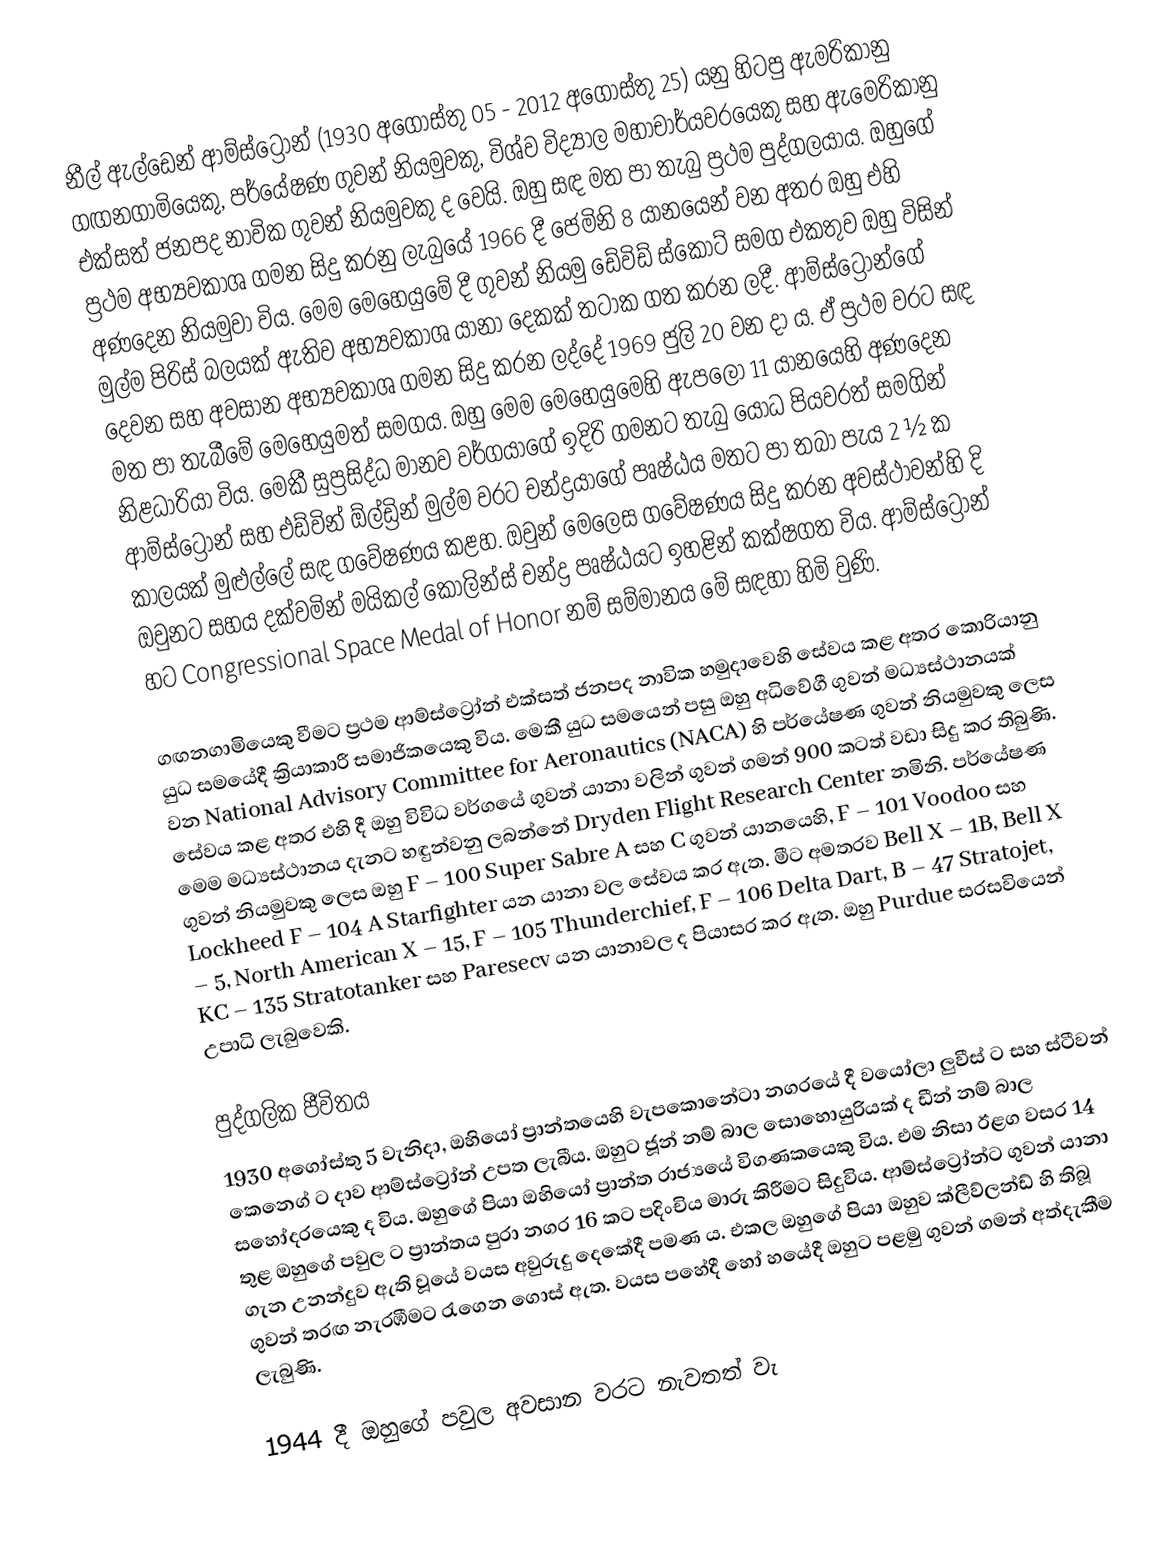
නීල් ඇල්ඩෙන් ආම්ස්ට්‍රෝන් (1930 අගොස්තු 05 - 2012 අගෝස්තු 25) යනු හිටපු ඇමරිකානු ගඟනගාමියෙකු, පර්යේෂණ ගුවන් නියමුවකු, විශ්ව විද්‍යාල මහාචාර්යවරයෙකු සහ ඇමෙරිකානු එක්සත් ජනපද නාවික ගුවන් නියමුවකු ද වෙයි. ඔහු සඳ මත පා තැබු ප්‍රථම පුද්ගලයාය. ඔහුගේ ප්‍රථම අභ්‍යවකාශ ගමන සිදු කරනු ලැබුයේ 1966 දී ජෙමිනි 8 යානයෙන් වන අතර ඔහු එහි අණදෙන නියමුවා විය. මෙම මෙහෙයුමේ දී ගුවන් නියමු ඩේවිඩ් ස්කොට් සමග එකතුව ඔහු විසින් මුල්ම පිරිස් බලයක් ඇතිව අභ්‍යවකාශ යානා දෙකක් තටාක ගත කරන ලදී. ආම්ස්ට්‍රෝන්ගේ දෙවන සහ අවසාන අභ්‍යවකාශ ගමන සිදු කරන ලද්දේ 1969 ජුලි 20 වන දා ය. ඒ ප්‍රථම වරට සඳ මත පා තැබීමේ මෙහෙයුමත් සමගය. ඔහු මෙම මෙහෙයුමෙහි ඇපලෝ 11 යානයෙහි අණදෙන නිළධාරියා විය. මෙකී සුප්‍රසිද්ධ මානව වර්ගයාගේ ඉදිරි ගමනට තැබු යෝධ පියවරත් සමගින් ආම්ස්ට්‍රෝන් සහ එඩ්වින් ඕල්ඩ්‍රින් මුල්ම වරට චන්ද්‍රයාගේ පෘෂ්ඨය මතට පා තබා පැය 2 ½ ක කාලයක් මුළුල්ලේ සඳ ගවේෂණය කළහ. ඔවුන් මෙලෙස ගවේෂණය සිදු කරන අවස්ථාවන්හි දි ඔවුනට සහය දක්වමින් මයිකල් කොලින්ස් චන්ද්‍ර පෘෂ්ඨයට ඉහළින් කක්ෂගත විය. ආම්ස්ට්‍රෝන් හට Congressional Space Medal of Honor නම් සම්මානය මේ සඳහා හිමි වුණි.

ගඟනගාමියෙකු වීමට ප්‍රථම ආම්ස්ට්‍රෝන් එක්සත් ජනපද නාවික හමුදාවෙහි සේවය කළ අතර කොරියානු යුධ සමයේදී ක්‍රියාකාරී සමාජිකයෙකු විය. මෙකී යුධ සමයෙන් පසු ඔහු අධිවේගී ගුවන් මධ්‍යස්ථානයක් වන National Advisory Committee for Aeronautics (NACA) හි පර්යේෂණ ගුවන් නියමුවකු ලෙස සේවය කළ අතර එහි දී ඔහු විවිධ වර්ගයේ ගුවන් යානා වලින් ගුවන් ගමන් 900 කටත් වඩා සිදු කර තිබුණි. මෙම මධ්‍යස්ථානය දැනට හඳුන්වනු ලබන්නේ Dryden Flight Research Center නමිනි. පර්යේෂණ ගුවන් නියමුවකු ලෙස ඔහු F – 100 Super Sabre A සහ C ගුවන් යානයෙහි, F – 101 Voodoo සහ Lockheed F – 104 A Starfighter යන යානා වල සේවය කර ඇත. මීට අමතරව Bell X – 1B, Bell X – 5, North American X – 15, F – 105 Thunderchief, F – 106 Delta Dart, B – 47 Stratojet, KC – 135 Stratotanker සහ Paresecv යන යානාවල ද පියාසර කර ඇත. ඔහු Purdue සරසවියෙන් උපාධි ලැබුවෙකි.

පුද්ගලික ජීවිතය
1930 අගෝස්තු 5 වැනිදා, ඔහියෝ ප්‍රාන්තයෙහි වැපකොනේටා නගරයේ දී වයෝලා ලුවීස් ට සහ ස්ටීවන් කෙනෙග් ට දාව ආම්ස්ට්‍රෝන් උපත ලැබීය. ඔහුට ජූන් නම් බාල සොහොයුරියක් ද ඩීන් නම් බාල සහෝදරයෙකු ද විය. ඔහුගේ පියා ඔහියෝ ප්‍රාන්ත රාජ්‍යයේ විගණකයෙකු විය. එම නිසා ඊළග වසර 14 තුළ ඔහුගේ පවුල ට ප්‍රාන්තය පුරා නගර 16 කට පදිංචිය මාරු කිරීමට සිදුවිය. ආම්ස්ට්‍රෝන්ට ගුවන් යානා ගැන උනන්දුව ඇති වූයේ වයස අවුරුදු දෙකේදී පමණ ය. එකල ඔහුගේ පියා ඔහුව ක්ලීව්ලන්ඩ් හි තිබූ ගුවන් තරඟ නැරඹීමට රැගෙන ගොස් ඇත. වයස පහේදී හෝ හයේදී ඔහුට පළමු ගුවන් ගමන් අත්දැකීම ලැබුණි.

1944 දී ඔහුගේ පවුල අවසාන වරට නැවතත් වැ